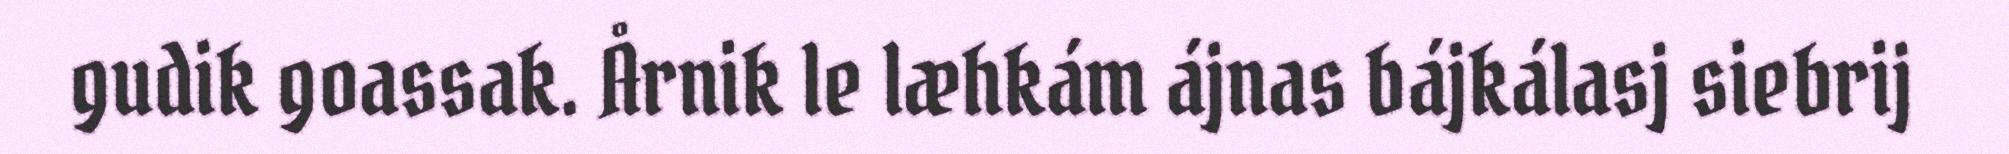
gudik goassak. Årnik le læhkám ájnas bájkálasj siebrij